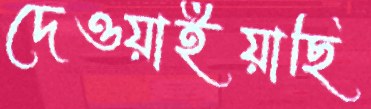
দেওয়াইয়াছি